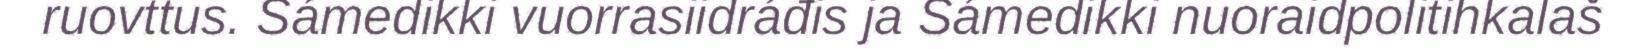
ruovttus. Sámedikki vuorrasiidráđis ja Sámedikki nuoraidpolitihkalaš